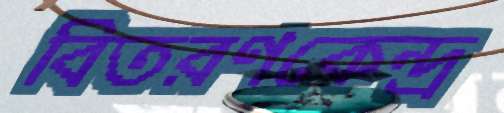
বিতরণকেন্দ্র